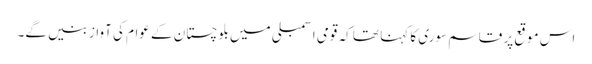
اس موقع پر قاسم سوری کا کہنا تھا کہ قومی اسمبلی میں بلوچستان کے عوام کی آواز بنیں گے۔